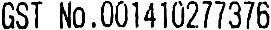
GST NO.001410277376